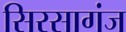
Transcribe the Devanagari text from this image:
सिरसागंज